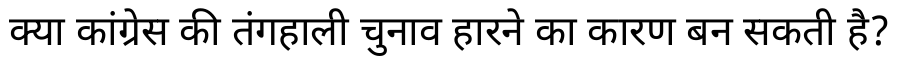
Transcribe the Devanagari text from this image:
क्या कांग्रेस की तंगहाली चुनाव हारने का कारण बन सकती है?